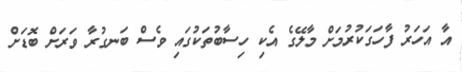
އާ އަހަރު ފާހަގަކުރުމަށް މާލޭގެ އެކި ހިސާބުތަކުގައި ވެސް ބަނގުރާ ވަރަށް ބޮޑަށް